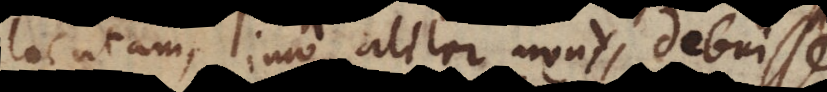
locutam, imo aliter non debuisse